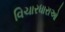
વિચારધારાઓ